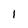
Character: 1